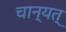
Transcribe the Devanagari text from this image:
चान्यत्